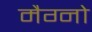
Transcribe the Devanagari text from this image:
मैग्नो